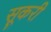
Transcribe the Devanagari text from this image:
सूकरी